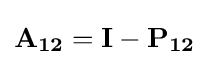
\mathbf {A_{12}} =\mathbf {I} -\mathbf {P_{12}}